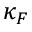
\kappa _ { \/ F }